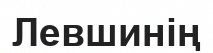
Левшинің